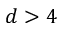
d > 4